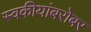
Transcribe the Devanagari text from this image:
स्वकीयांबरोबर